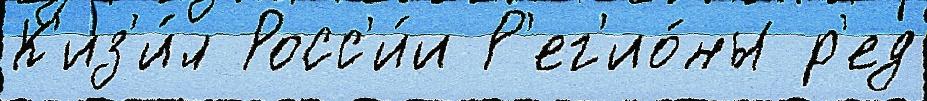
К'из'и́л Росс'и́и Р'ег'ио́ны р'ед